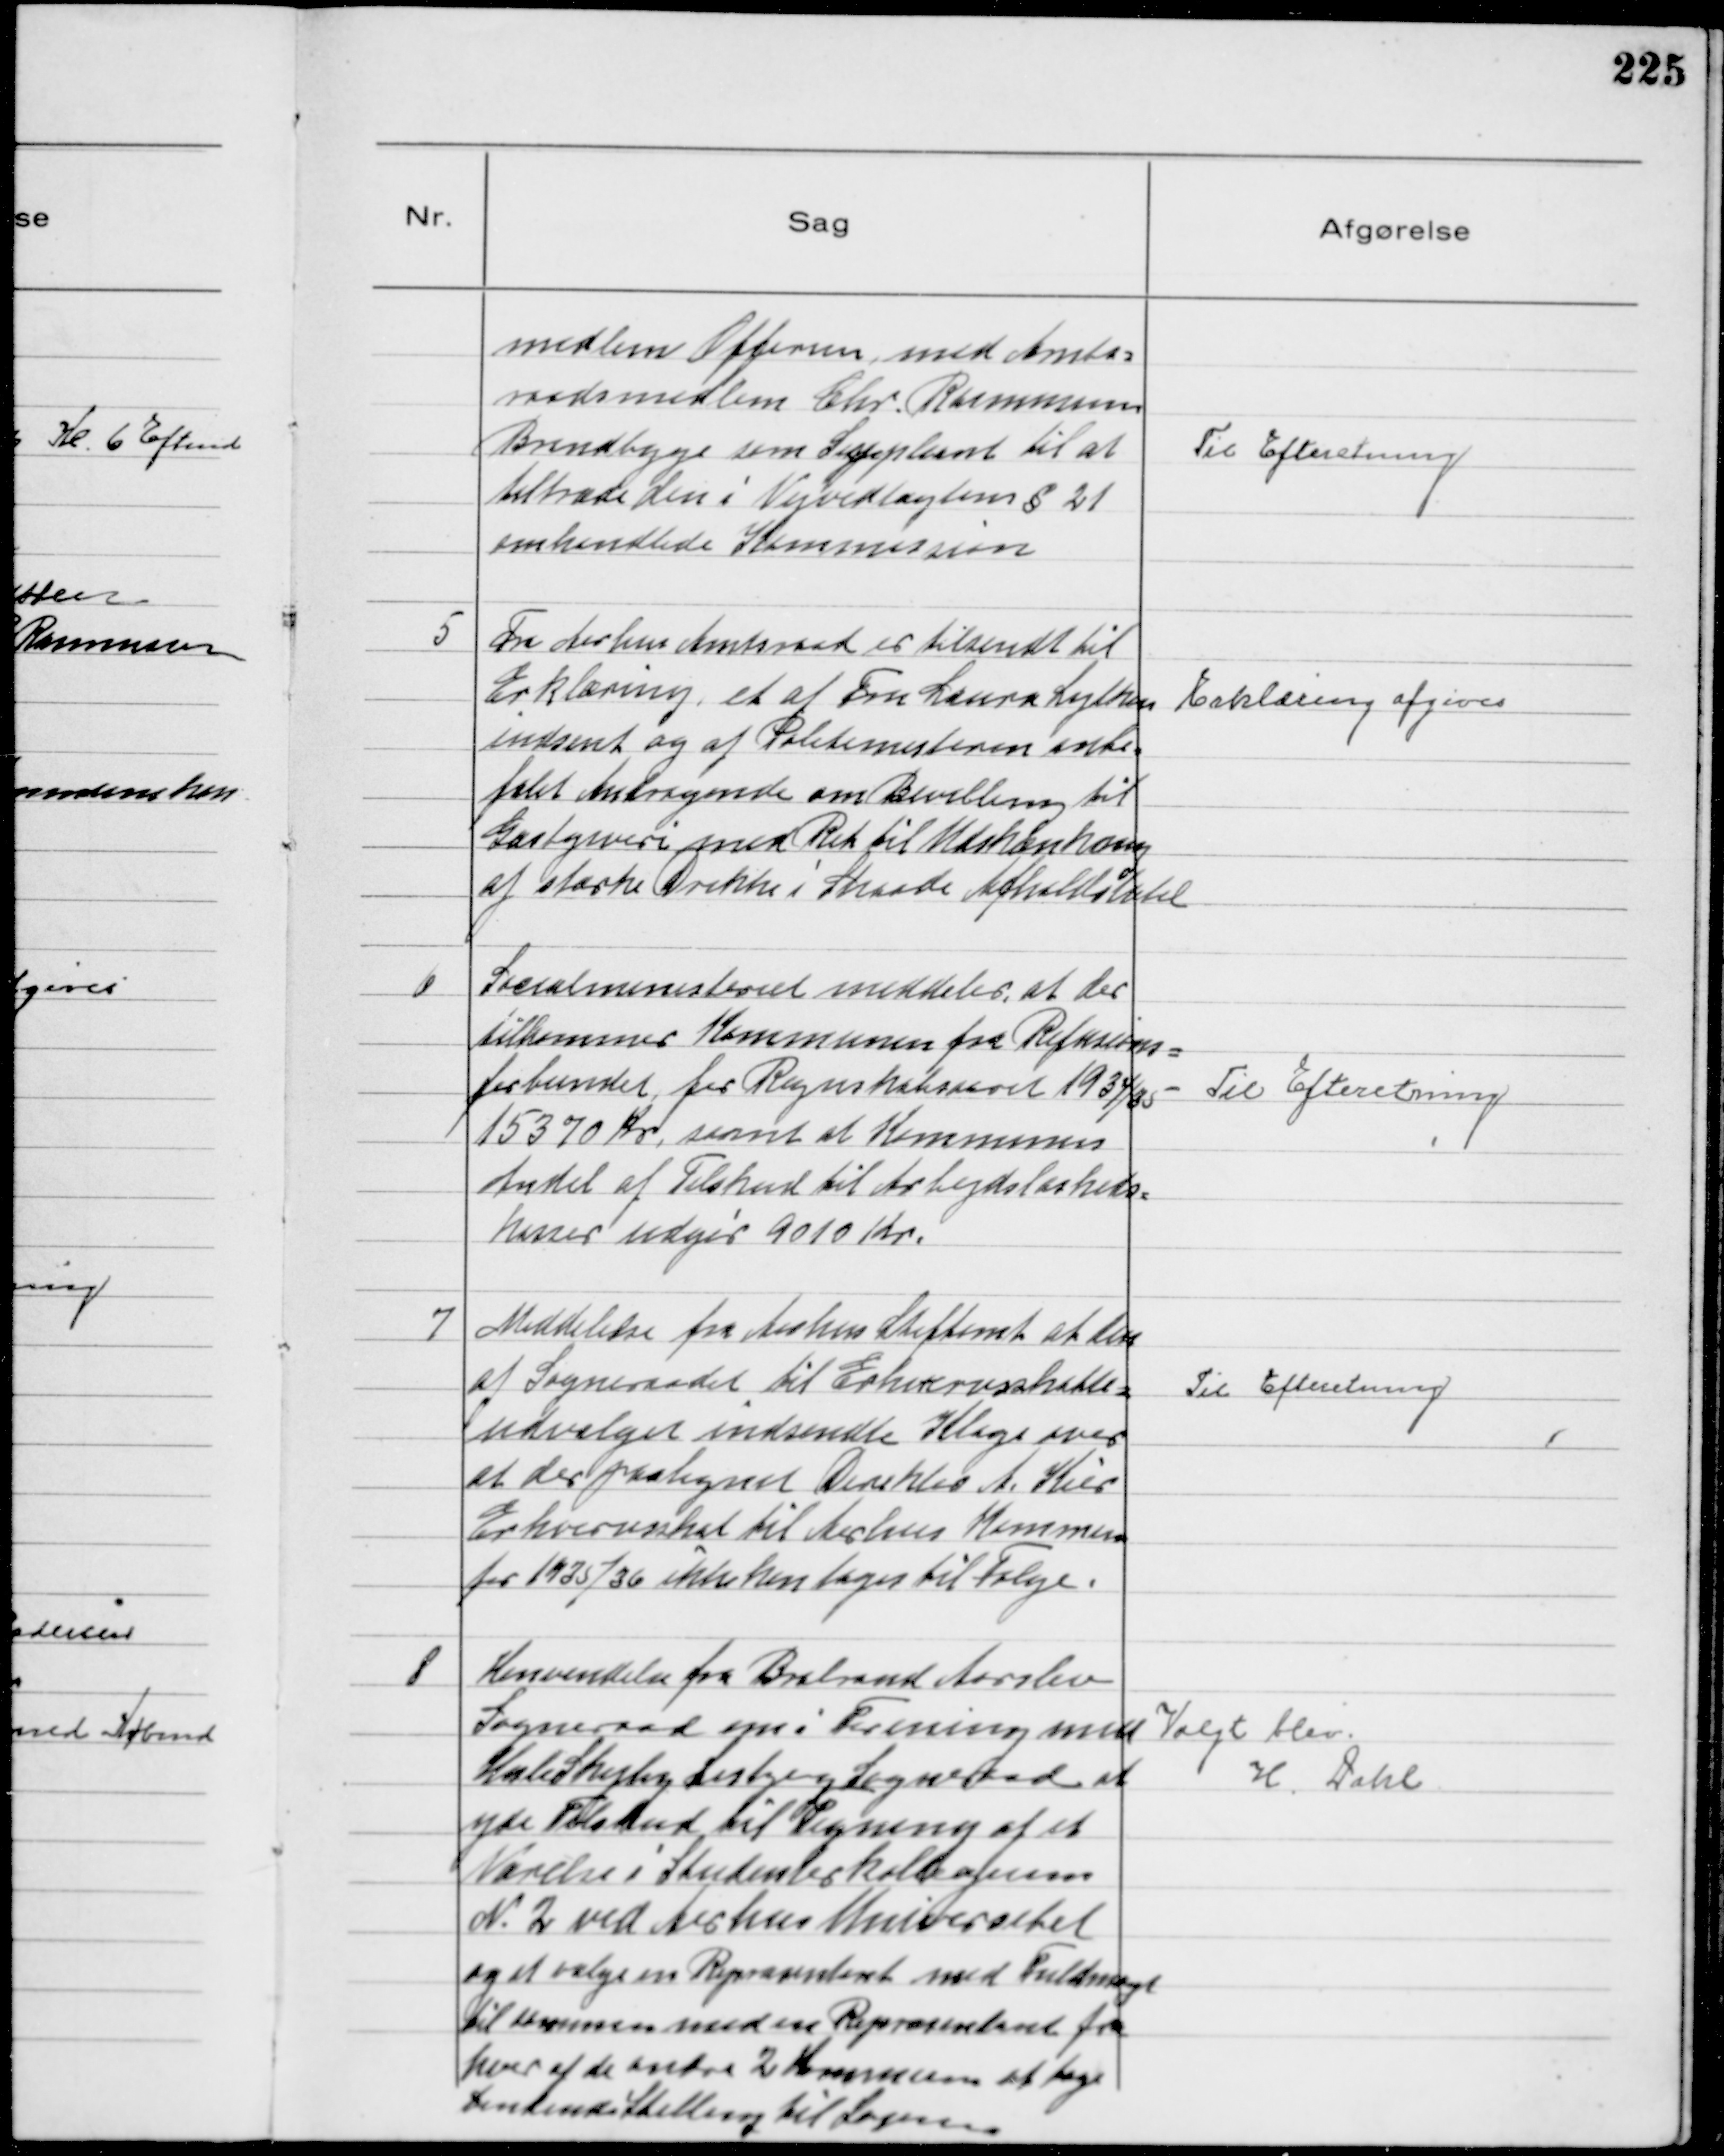
Transskription:
medlem Offersen med Amts-
raadsmedlem Chr. Rasmussen
Brindbyge som Suppleant til at
tiltræde den i Vejvedtægtens § 21
omhandlede Kommission.

Til Efteretning

5
Fra Aarhus Amtsraad er tilsendt til
Erklæring, et af Fru Laura Lytken
indsent og af Politimesteren anbe-
falet Andragende om Bevilling til
Gæstgiveri med Ret til Udskænkning
af stærke Drikke i Skaade Afholdshotel

Erklæring afgives

6
Socialministeriet meddeler, at der
tilkommer Kommunen fra Refusions-
forbundet, for Regnskabsaaret 1934/35
15370 Kr, samt at Kommunens
Andel af Tilskud til Arbejdsløsheds-
kasser udgør 9010 Kr.

Til Efteretning

7
Meddelelse fra Aarhus Stiftamt at den
af Sogneraadet til Erhvervsskatte-
udvalget indsendte Klage over
at der paalignes Direktør A. Kier
Erhvervsskat til Aarhus Kommune
for 1935/36 ikke kan tages til Følge.

Til Efteretning

8
Henvendelse fra Brabrand Aarslev
Sogneraad om i Forening med
HasleSkejbyLisbjerg Sogneraad at
yde tilskud til Tegning af et
Værelse i Studenterkollegium
N 2 ved Aarhus Universitet
og at vælge en Repræsentant med Fuldmagt
til sammen med en Repræsentant fra
hver af de andre 2 Kommuner at tage
bindende Stilling til Sagen.

Valgt blev
H. Dahl